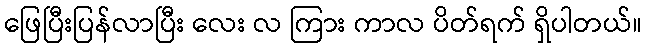
ဖြေပြီးပြန်လာပြီး လေး လ ကြား ကာလ ပိတ်ရက် ရှိပါတယ်။